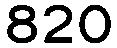
820